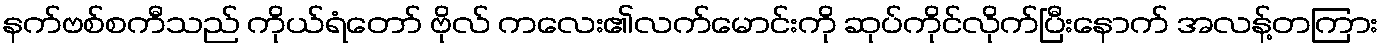
နက်ဗစ်စကီသည် ကိုယ်ရံတော် ဗိုလ် ကလေး၏လက်မောင်းကို ဆုပ်ကိုင်လိုက်ပြီးနောက် အလန့်တကြား